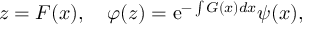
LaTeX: z = F ( x ) , \quad \varphi ( z ) = \mathrm { e } ^ { - \int G ( x ) d x } \psi ( x ) ,